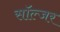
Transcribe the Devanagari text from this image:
साॅल्जर